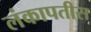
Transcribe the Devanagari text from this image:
लंकापतीस